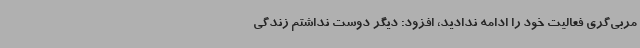
مربی‌گری فعالیت خود را ادامه ندادید، افزود: دیگر دوست نداشتم زندگی